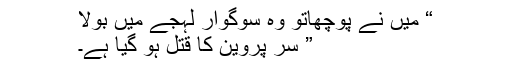
“ میں نے پوچھاتو وہ سوگوار لہجے میں بولا
” سر پروین کا قتل ہو گیا ہے۔